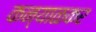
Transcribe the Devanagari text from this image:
कन्याळकर